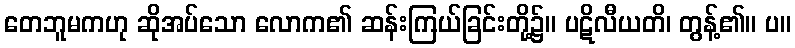
တေဘူမကဟု ဆိုအပ်သော လောက၏ ဆန်းကြယ်ခြင်းတို့၌။ ပဋိလီယတိ၊ တွန့်၏။ ပ။